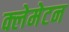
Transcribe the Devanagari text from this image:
क्लेमेटन